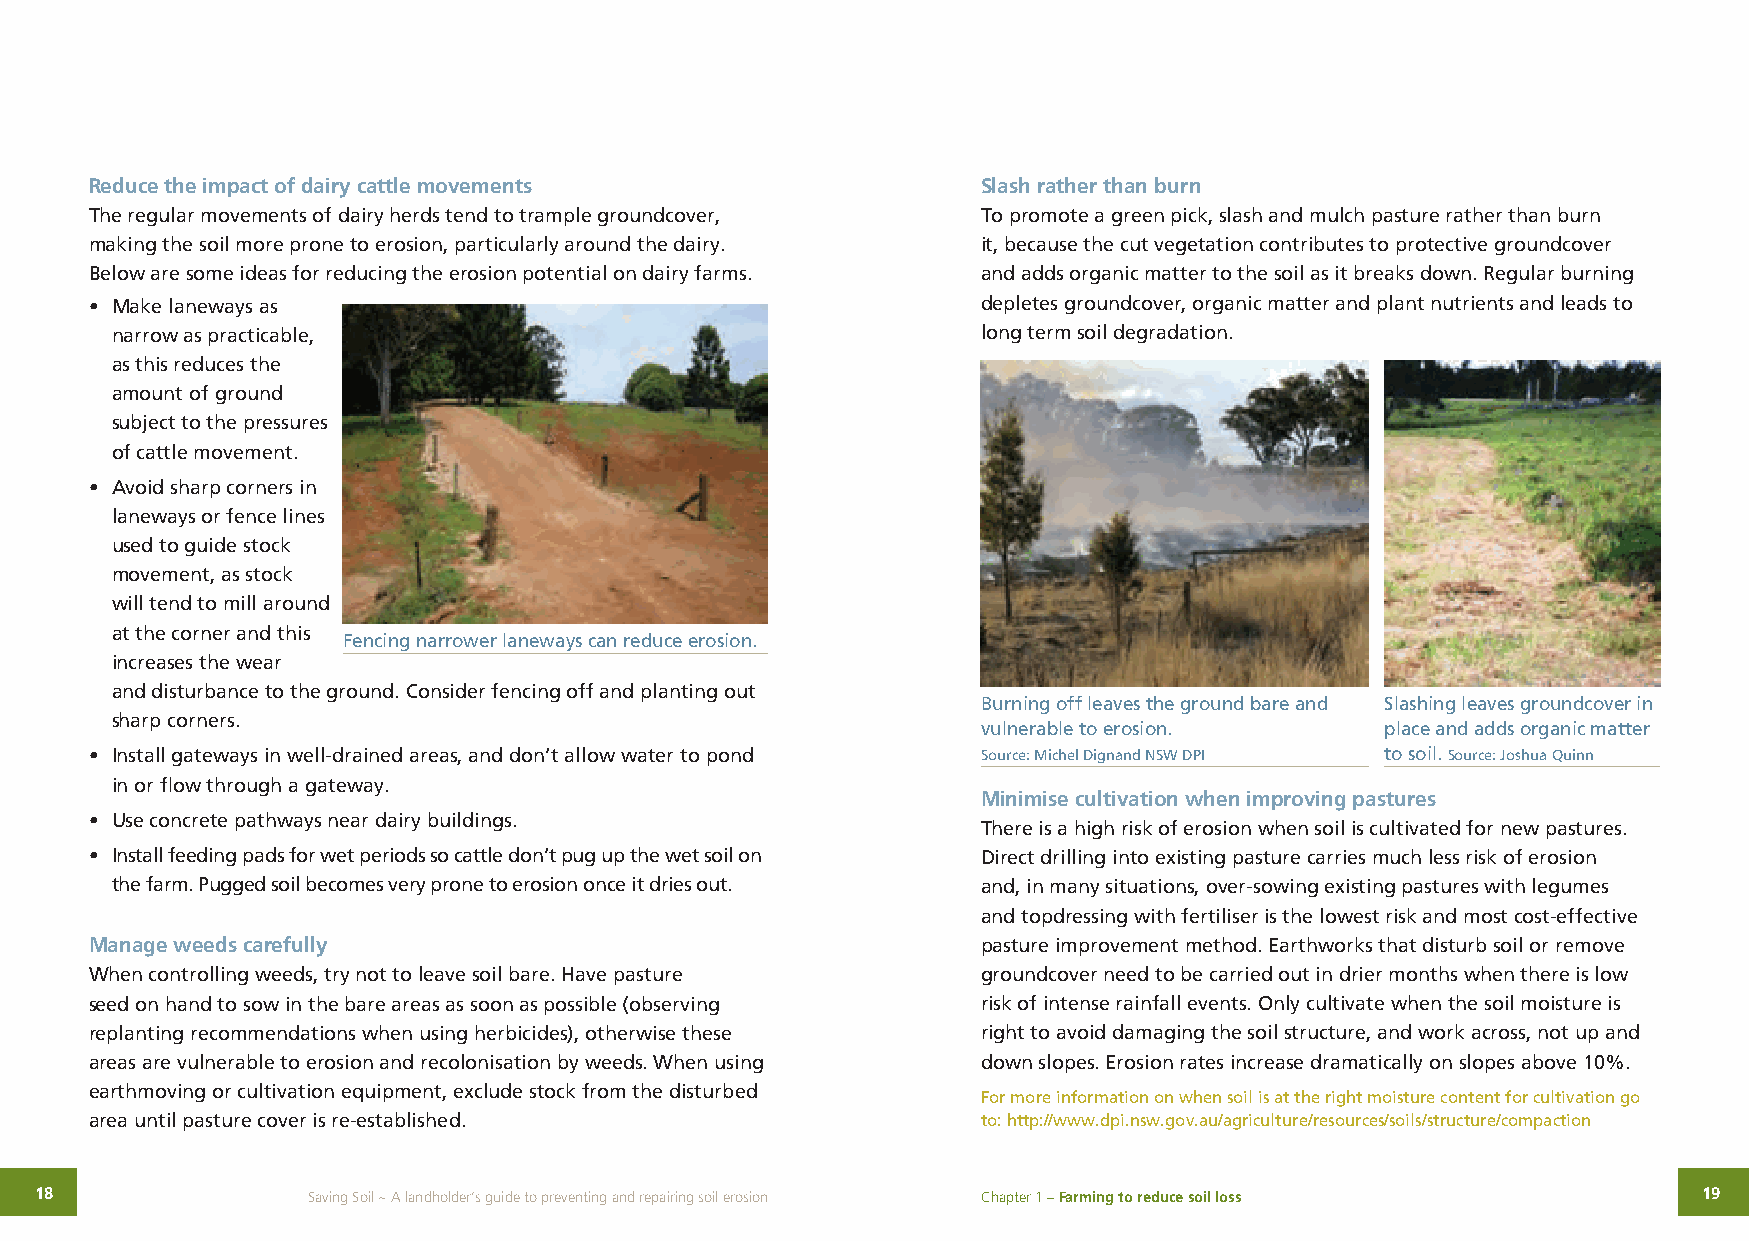
Reduce the impact of dairy cattle movements                Slash rather than burn
 The regular movements of dairy herds tend to trample groundcover, To promote a green pick, slash and mulch pasture rather than burn
 making the soil more prone to erosion, particularly around the dairy. it, because the cut vegetation contributes to protective groundcover
 Below are some ideas for reducing the erosion potential on dairy farms. and adds organic matter to the soil as it breaks down. Regular burning
 • Make laneways as                                         depletes groundcover, organic matter and plant nutrients and leads to
 narrow as practicable,                                    long term soil degradation.
 as this reduces the
 amount of ground
 subject to the pressures
 of cattle movement.
 • Avoid sharp corners in
 laneways or fence lines
 used to guide stock
 movement, as stock
 will tend to mill around
 at the corner and this
 Fencing narrower laneways can reduce erosion.
 increases the wear
 and disturbance to the ground. Consider fencing off and planting out
 Burning off leaves the ground bare and Slashing leaves groundcover in
 sharp corners.
 vulnerable to erosion.     place and adds organic matter
 • Install gateways in well-drained areas, and don’t allow water to pond Source: Michel Dignand NSW DPI to soil. Source: Joshua Quinn
 in or flow through a gateway.
 Minimise cultivation when improving pastures
 • Use concrete pathways near dairy buildings.
 There is a high risk of erosion when soil is cultivated for new pastures.
 • Install feeding pads for wet periods so cattle don’t pug up the wet soil on Direct drilling into existing pasture carries much less risk of erosion
 the farm. Pugged soil becomes very prone to erosion once it dries out. and, in many situations, over-sowing existing pastures with legumes
 and topdressing with fertiliser is the lowest risk and most cost-effective
 Manage weeds carefully                                     pasture improvement method. Earthworks that disturb soil or remove
 When controlling weeds, try not to leave soil bare. Have pasture groundcover need to be carried out in drier months when there is low
 seed on hand to sow in the bare areas as soon as possible (observing risk of intense rainfall events. Only cultivate when the soil moisture is
 replanting recommendations when using herbicides), otherwise these right to avoid damaging the soil structure, and work across, not up and
 areas are vulnerable to erosion and recolonisation by weeds. When using down slopes. Erosion rates increase dramatically on slopes above 10%.
 earthmoving or cultivation equipment, exclude stock from the disturbed
 For more information on when soil is at the right moisture content for cultivation go
 area until pasture cover is re-established.                to: http://www.dpi.nsw.gov.au/agriculture/resources/soils/structure/compaction
 18                Saving Soil ~ A landholder’s guide to preventing and repairing soil erosion Chapter 1 – Farming to reduce soil loss 19